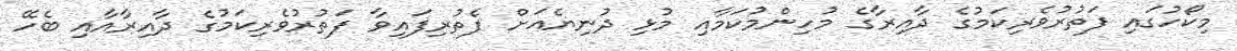
މިކޯހުގައި ފަތުރުވެރިކަމުގެ ދާއިރާގެ މުހިންމުކަމާއި މުޅި ދުނިޔެއަށް ފެތުރިފައިވާ ފަތުރުވެރިކަމުގެ ދާއިރާއާއި ބެހޭ